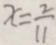
x = \frac { 2 } { 1 1 }